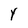
Character: Y